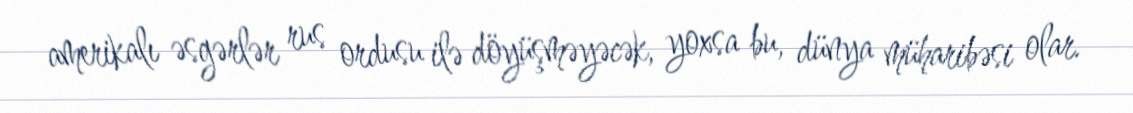
amerikalı əsgərlər rus ordusu ilə döyüşməyəcək, yoxsa bu, dünya müharibəsi olar.